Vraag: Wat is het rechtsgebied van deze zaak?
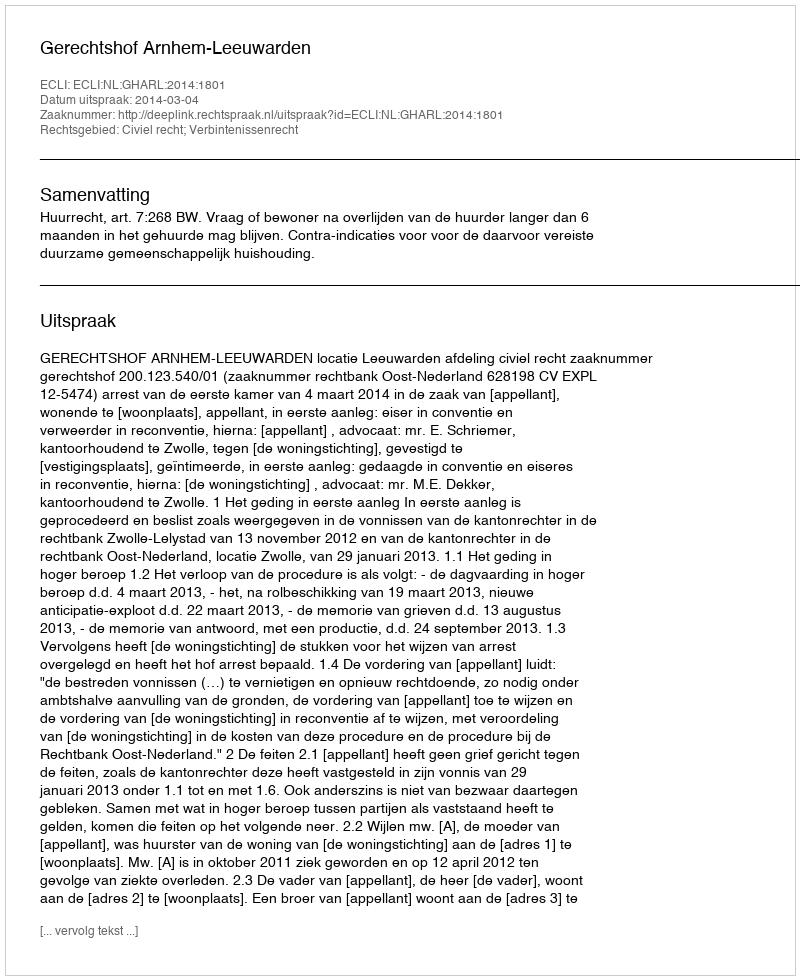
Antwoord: Civiel recht; Verbintenissenrecht